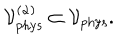
{ \cal V } _ { \mathrm { p h y s } } ^ { ( \alpha ) } \subset { \cal V } _ { \mathrm { p h y s } } .